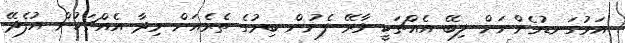
އަޅުގަނޑުމެންނަށް ލިބޭ އެއްޗަކީ ވާރޭ ފެނުން ބިމުގެ ތެރެއަށް މިދާ އެއްޗަކުން އުފެދޭ